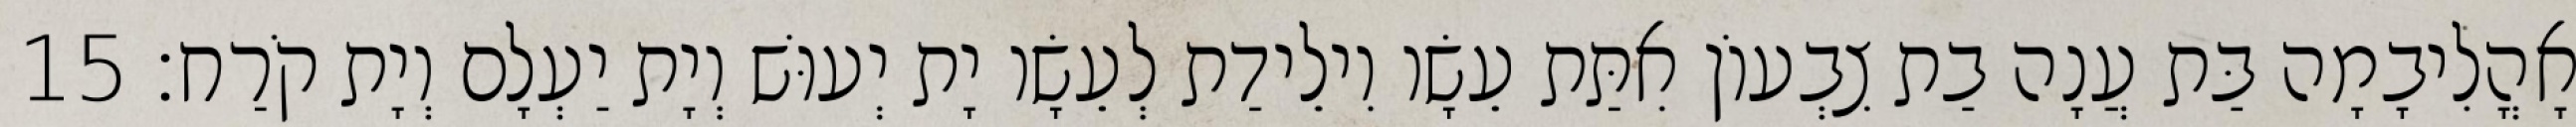
אָהֳלִיבָמָה בַּת עֲנָה בַת צִבְעוֹן אִתַּת עֵשָׂו וִילֵידַת לְעֵשָׂו יָת יְעוּשׁ וְיָת יַעְלָם וְיָת קֹרַח׃ 15